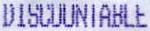
DISCOUNTABLE